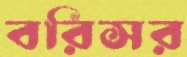
বরিসর